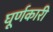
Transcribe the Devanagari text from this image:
घूर्णकारी